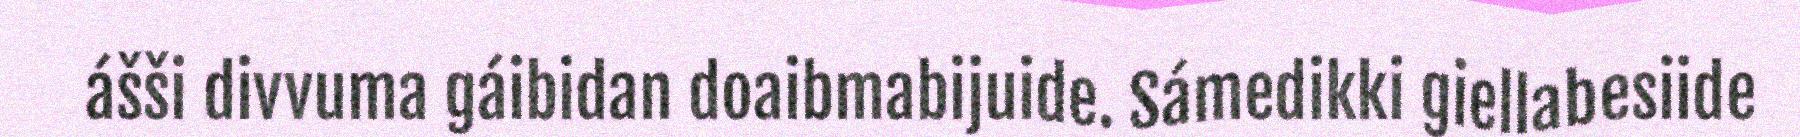
ášši divvuma gáibidan doaibmabijuide. Sámedikki giellabesiide